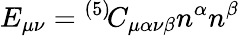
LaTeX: E_{\mu\nu}={}^{(5)\! }C_{\mu\alpha\nu\beta}n^{\alpha}n^{\beta}